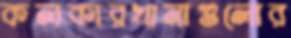
কলকারখানাগুলোর